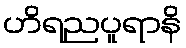
ဟိရညပူရာနိ